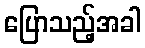
ပြောသည့်အခါ